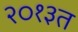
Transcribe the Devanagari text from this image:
२०१३त